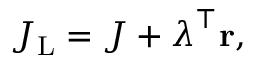
\begin{array} { r } { J _ { \mathrm { L } } = J + \boldsymbol { \lambda } ^ { \top } { \bf r } , } \end{array}